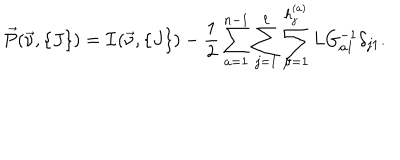
LaTeX: \vec { P } ( \vec { \nu } , \{ J \} ) = { \cal I } ( \vec { \nu } , \{ J \} ) - { \frac { 1 } { 2 } } \sum _ { a = 1 } ^ { n - 1 } \sum _ { j = 1 } ^ { \ell } \sum _ { \mu = 1 } ^ { h _ { j } ^ { ( a ) } } L G _ { a 1 } ^ { - 1 } \delta _ { j 1 } .